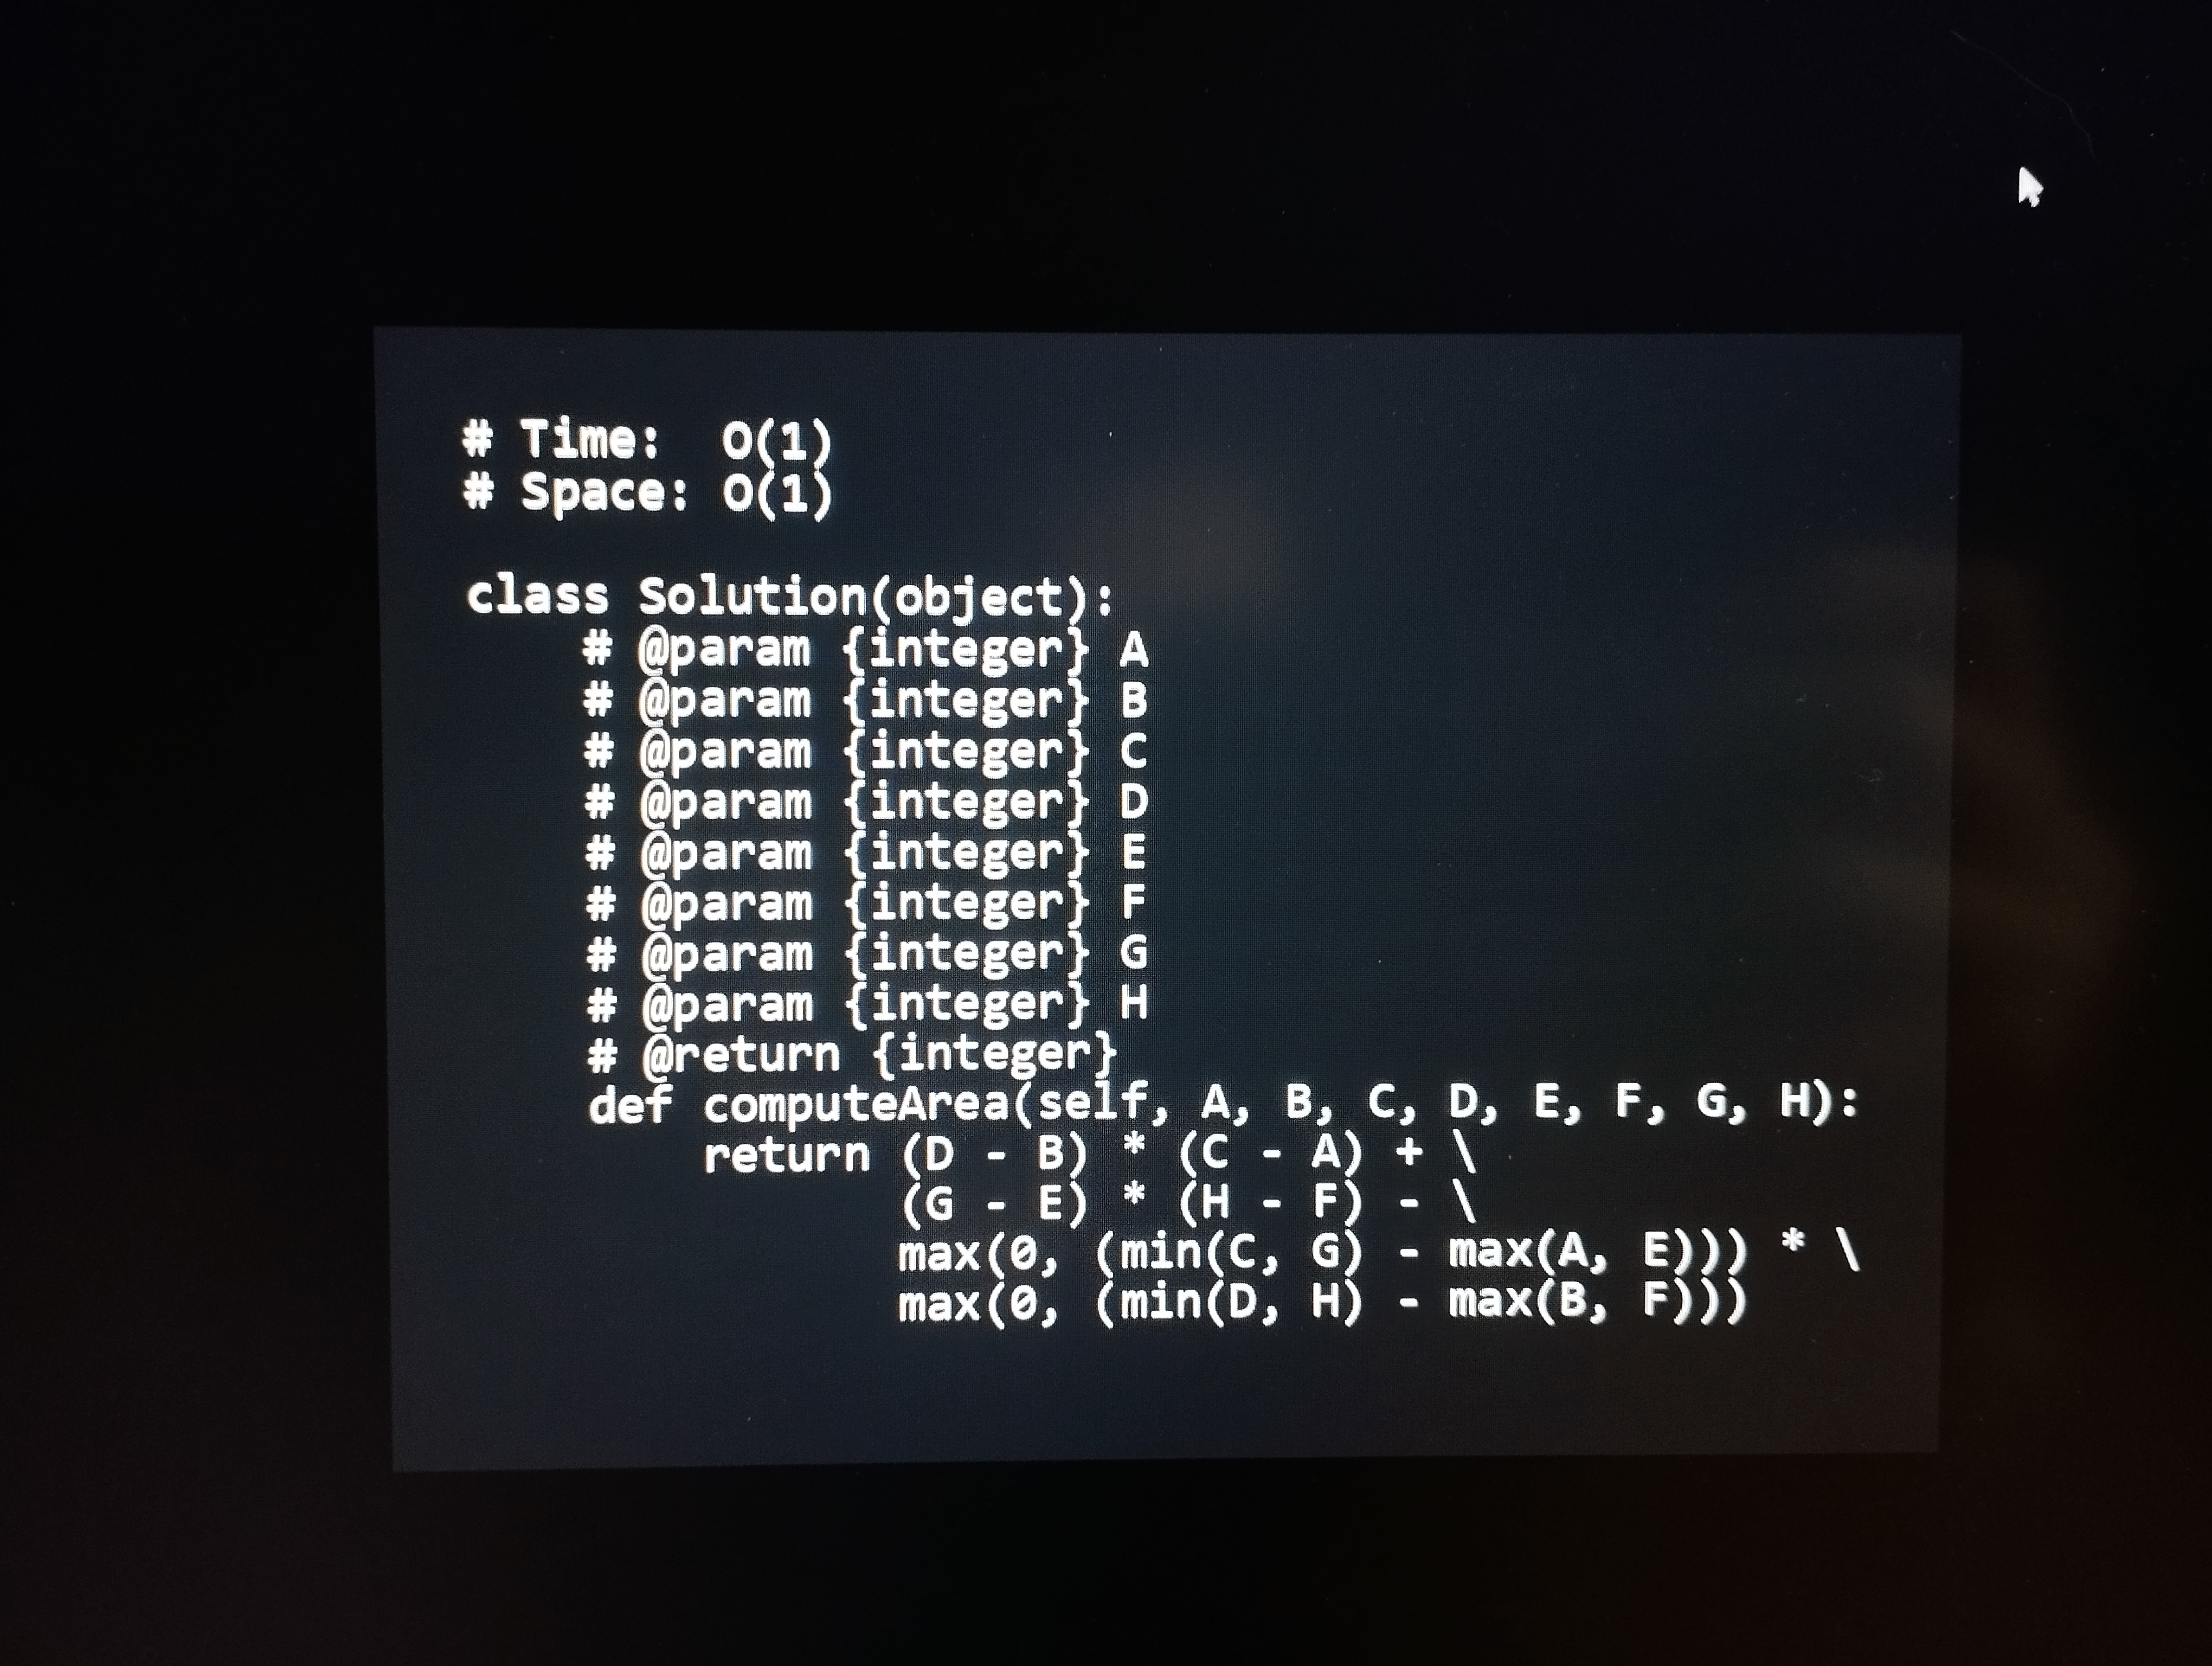
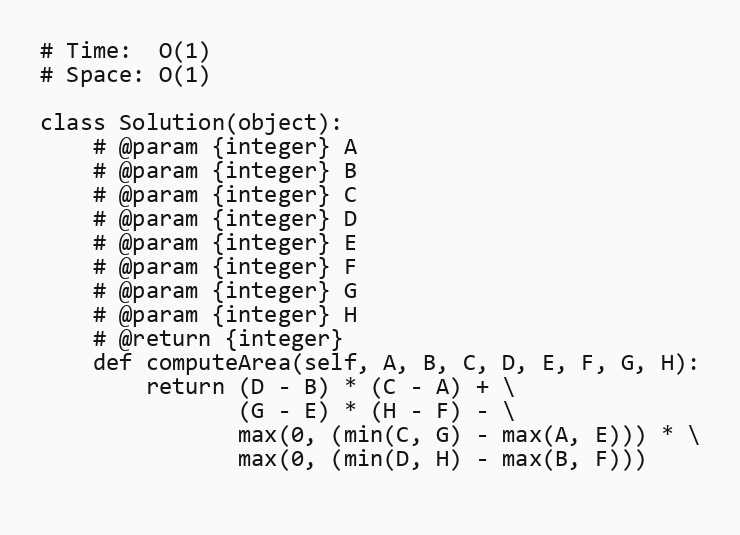
# Time:  O(1)
# Space: O(1)

class Solution(object):
    # @param {integer} A
    # @param {integer} B
    # @param {integer} C
    # @param {integer} D
    # @param {integer} E
    # @param {integer} F
    # @param {integer} G
    # @param {integer} H
    # @return {integer}
    def computeArea(self, A, B, C, D, E, F, G, H):
        return (D - B) * (C - A) + \
               (G - E) * (H - F) - \
               max(0, (min(C, G) - max(A, E))) * \
               max(0, (min(D, H) - max(B, F)))